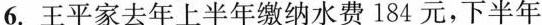
6.王平家去年上半年缴纳水费184元，下半年